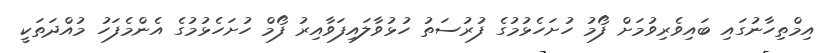
އިމްތިހާނުގައި ބައިވެރިވުމަށް ފޯމު ހުށަހެޅުމުގެ ފުރުސަތު ހުޅުވާލައިފަވާއިރު ފޯމް ހުށަހެޅުމުގެ އެންމެފަހު މުއްދަތަކީ